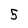
Character: 5